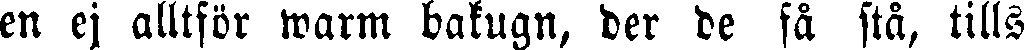
en ej alltför warm bakugn, der de få stå, tills